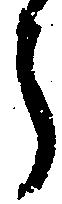
う